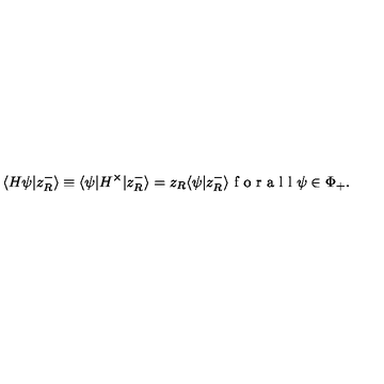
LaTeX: \langle H \psi | z _ { R } ^ { - } \rangle \equiv \langle \psi | H ^ { \times } | z _ { R } ^ { - } \rangle = z _ { R } \langle \psi | z _ { R } ^ { - } \rangle \textup { f o r a l l } \psi \in \Phi _ { + } .